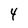
Character: 4